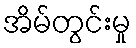
အိမ်တွင်းမှု